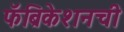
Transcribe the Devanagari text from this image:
फॅब्रिकेशनची